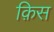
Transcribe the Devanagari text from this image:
क़िस